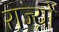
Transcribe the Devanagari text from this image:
राज्य़ों